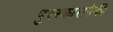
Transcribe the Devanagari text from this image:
पुरस्कारापैकी